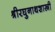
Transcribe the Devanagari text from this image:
श्रीरघुनाथशास्त्री